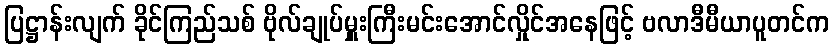
ပြဋ္ဌာန်းလျက် ခိုင်ကြည်သစ် ဗိုလ်ချုပ်မှူးကြီးမင်းအောင်လှိုင်အနေဖြင့် ဗလာဒီမီယာပူတင်က